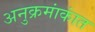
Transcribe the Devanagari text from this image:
अनुक्रमांकांत